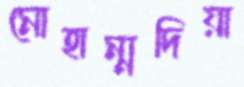
মোহাম্মদিয়া